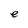
Character: e